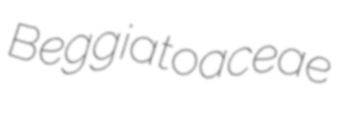
Beggiatoaceae